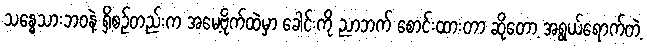
သန္ဓေသားဘဝနဲ့ ရှိစဉ်တည်းက အမေ့ဗိုက်ထဲမှာ ခေါင်းကို ညာဘက် စောင်းထားတာ ဆိုတော့ အရွယ်ရောက်တဲ့